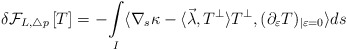
\begin{align*}\delta \mathcal{F}_{L,\triangle p}\left[ T \right] = - \underset{I}{\int }\langle \nabla_{s}\kappa -\langle\vec\lambda, T^{\perp}\rangle T^{\perp}, (\partial_{\varepsilon}T)_{|\varepsilon=0} \rangle ds \end{align*}